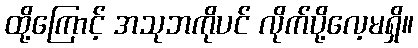
ထို့ကြောင့် အသုဘကိုပင် လိုက်ပို့လေ့မရှိ။